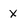
Character: X